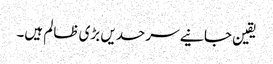
یقین جانیے سرحدیں بڑی ظالم ہیں۔